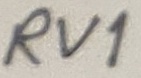
Text: RV1